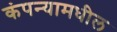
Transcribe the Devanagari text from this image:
कंपन्यामधील